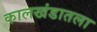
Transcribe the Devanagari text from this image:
कालखंडातला